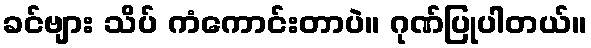
ခင်ဗျား သိပ် ကံကောင်းတာပဲ။ ဂုဏ်ပြုပါတယ်။